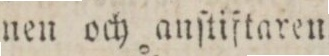
nen och auſtiftaren.